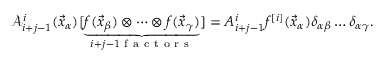
\mathcal A _ { i + j - 1 } ^ { i } ( \vec { x } _ { \alpha } ) [ \underset { i + j - 1 \mathrm { ~ f ~ a ~ c ~ t ~ o ~ r ~ s ~ } } { \underbrace { f ( \vec { x } _ { \beta } ) \otimes \dots \otimes f ( \vec { x } _ { \gamma } ) } } ] = A _ { i + j - 1 } ^ { i } f ^ { [ i ] } ( \vec { x } _ { \alpha } ) \delta _ { \alpha \beta } \dots \delta _ { \alpha \gamma } .